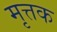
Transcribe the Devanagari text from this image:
मृत्तक